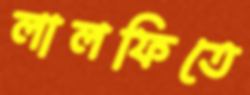
লালফিতে